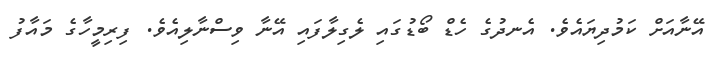
އޭނާއަށް ކަމުދިޔައެވެ. އެނދުގެ ހެޑް ބޯޑުގައި ލެގިލާފައި އޭނާ ވިސްނާލިއެވެ. ފިރިމީހާގެ މައާފު